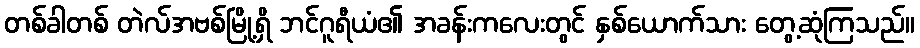
တစ်ခါတစ် တဲလ်အဗစ်မြို့ရှိ ဘင်ဂူရီယံ၏ အခန်းကလေးတွင် နှစ်ယောက်သား တွေ့ဆုံကြသည်။